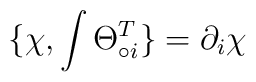
\{\chi, \int\Theta^{T}_{\circ i}\} = \partial_{i}\chi